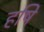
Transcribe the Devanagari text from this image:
हषि